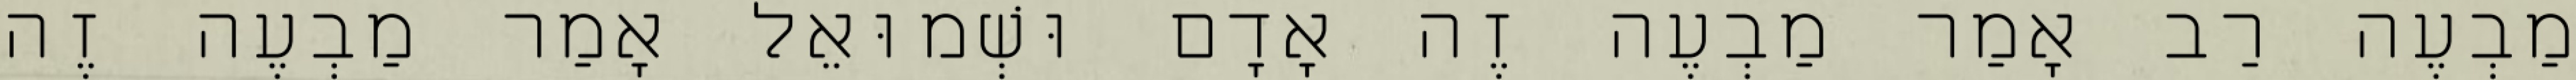
מַבְעֶה רַב אָמַר מַבְעֶה זֶה אָדָם וּשְׁמוּאֵל אָמַר מַבְעֶה זֶה